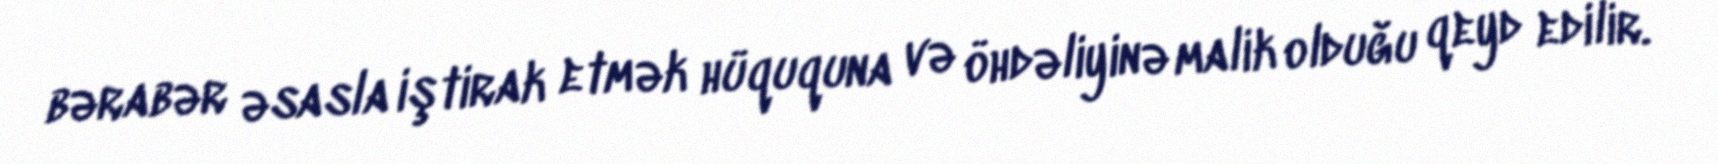
bərabər əsasla iştirak etmək hüququna və öhdəliyinə malik olduğu qeyd edilir.